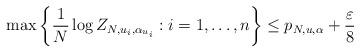
LaTeX: \begin{align*}\max\left\{\frac{1}{N}\log Z_{N,u_i,\alpha_{u_i}}:i=1,\ldots,n\right\}\leq p_{N,u,\alpha}+\frac{\varepsilon}{8}\end{align*}